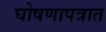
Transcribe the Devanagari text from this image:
घोषणापत्रात